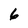
Character: 6